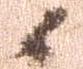
候